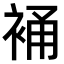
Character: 𧚔